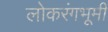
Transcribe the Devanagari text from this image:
लोकरंगभूमी